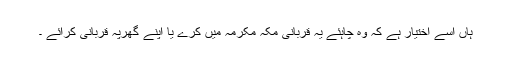
ہاں اُسے اختیار ہے کہ وہ چاہئے یہ قربانی مکہ مکرمہ میں کرے یا اپنے گھرپہ قربانی کرائے ۔